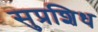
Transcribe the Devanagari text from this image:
सुप्रशिध